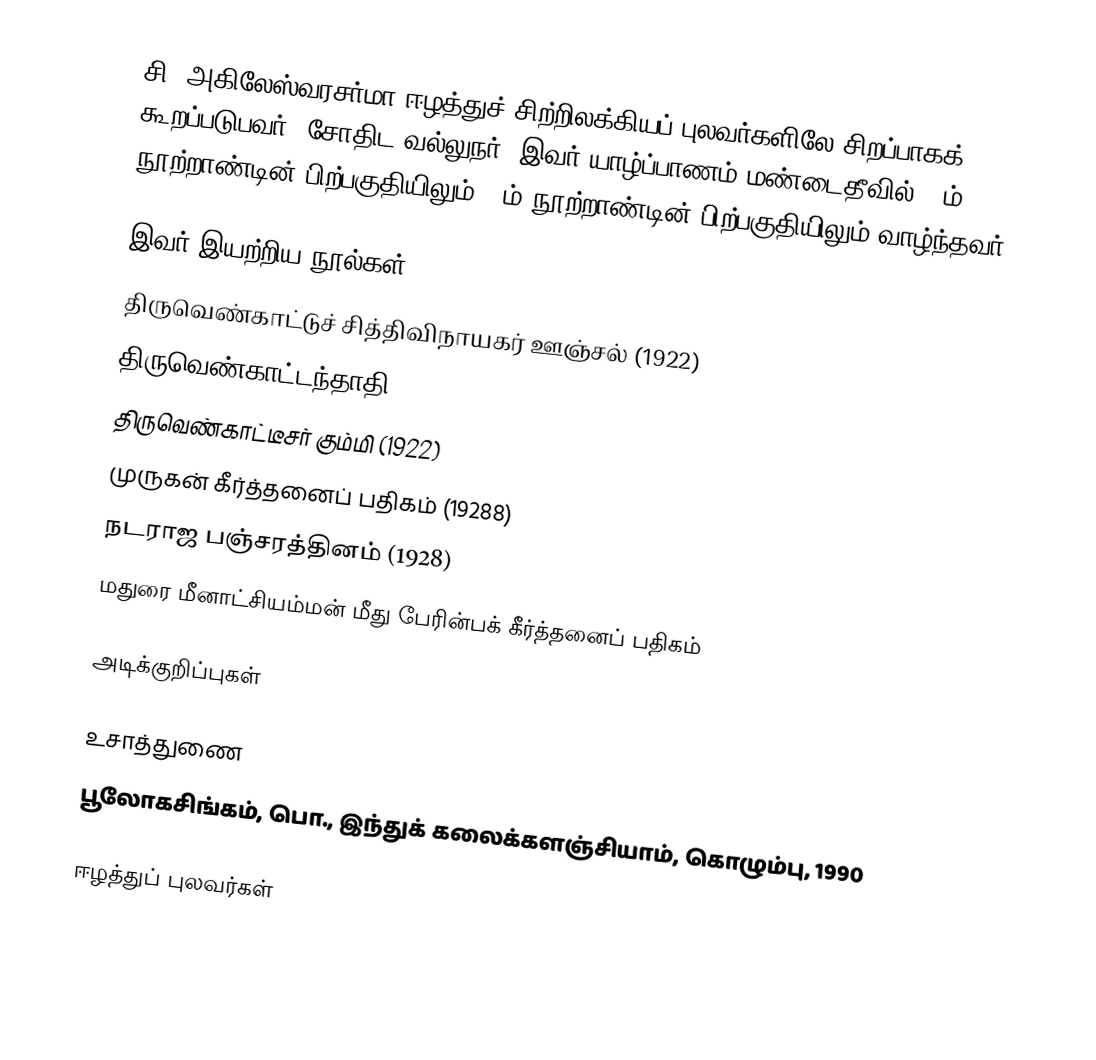
சி. அகிலேஸ்வரசர்மா ஈழத்துச் சிற்றிலக்கியப் புலவர்களிலே சிறப்பாகக் கூறப்படுபவர். சோதிட வல்லுநர். இவர் யாழ்ப்பாணம் மண்டைதீவில் 19ம் நூற்றாண்டின் பிற்பகுதியிலும் 20ம் நூற்றாண்டின் பிற்பகுதியிலும் வாழ்ந்தவர்.

இவர் இயற்றிய நூல்கள்
 திருவெண்காட்டுச் சித்திவிநாயகர் ஊஞ்சல் (1922)
 திருவெண்காட்டந்தாதி (1922)
 திருவெண்காட்டீசர் கும்மி (1922)
 முருகன் கீர்த்தனைப் பதிகம் (19288)
 நடராஜ பஞ்சரத்தினம் (1928)
 மதுரை மீனாட்சியம்மன் மீது பேரின்பக் கீர்த்தனைப் பதிகம்

அடிக்குறிப்புகள்

உசாத்துணை
 பூலோகசிங்கம், பொ., இந்துக் கலைக்களஞ்சியாம், கொழும்பு, 1990

ஈழத்துப் புலவர்கள்